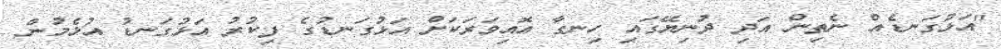
"އަޅުގަނޑެއް ނެތިން އަދި ދުނިޔޭގައި ހިނގާ އޮއިވަރަކަށް އަޅުގަނޑުގެ ފިކުރު އަޅުގަނޑު އުޅެމުން